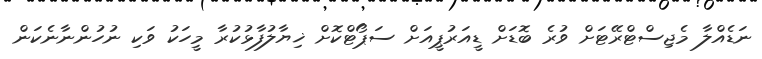
ނަޑެއްލާ މެޖިސްޓްރޭޓަށް ވުރެ ބޮޑަށް ޑީއަރުޕީއަށް ސަޕޯޓްކޮށް ޚިޔާލުފާޅުކުރާ މީހަކު ވަކި ނުހުންނާނެކަން